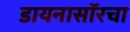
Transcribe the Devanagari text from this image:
डायनासॉरचा